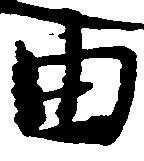
由